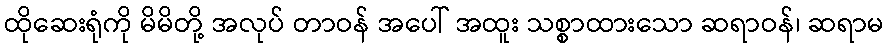
ထိုဆေးရုံကို မိမိတို့ အလုပ် တာဝန် အပေါ် အထူး သစ္စာထားသော ဆရာဝန်၊ ဆရာမ